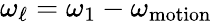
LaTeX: \omega_{\ell}=\omega_{1}-\omega_{\mathrm{motion}}